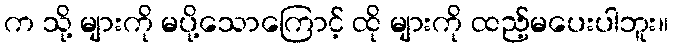
က သို့ များကို မပို့သောကြောင့် ထို များကို ထည့်မပေးပါဘူး။